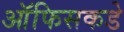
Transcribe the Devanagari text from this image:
ऑफिसकडे